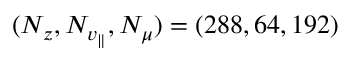
( N _ { z } , N _ { v _ { \parallel } } , N _ { \mu } ) = ( 2 8 8 , 6 4 , 1 9 2 )